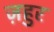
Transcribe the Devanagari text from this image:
ज़हुर